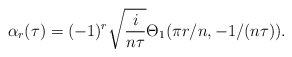
\begin{align*}\alpha_r(\tau)=(-1)^{r}\sqrt{\frac{i}{n \tau}} \Theta_1 (\pi r/n,-1/(n\tau)).\end{align*}